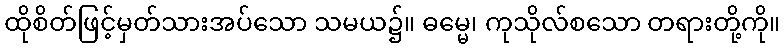
ထိုစိတ်ဖြင့်မှတ်သားအပ်သော သမယ၌။ ဓမ္မေ၊ ကုသိုလ်စသော တရားတို့ကို။